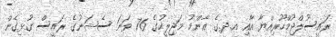
ރައީސުލްޖުމްހޫރިއްޔާ އާއި އ.ދ.ގެ ޢާންމު މަޖިލީހުގެ 76 ވަނަ ސެޝަނުގެ ރައީސް ގުޅިގެން